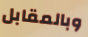
وبالمقابل